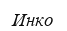
Инко